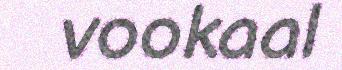
vookaal